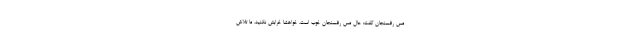
مس رفسنجان گفت: حال مس رفسنجان خوب است، خواهشا خرابش نکنید، ما تلاش